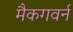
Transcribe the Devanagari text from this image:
मैकगवर्न